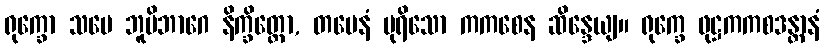
ရုက္ခော သမေ ဘူမိဘာဂေ နိက္ခိတ္တော, တမေနံ ပုရိသော ကကစေန ဆိန္ဒေယျ။ ရုက္ခေ ဖုဋ္ဌကကစဒန္တာနံ